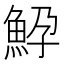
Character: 䱆